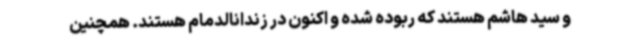
و سید هاشم هستند که ربوده شده و اکنون در زندانالدمام هستند. همچنین